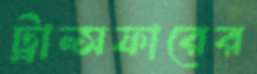
ট্রান্সফারের